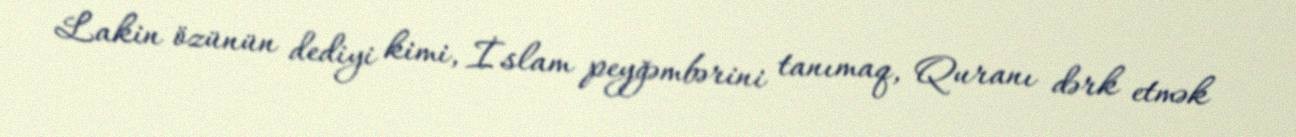
Lakin özünün dediyi kimi, İslam peyğəmbərini tanımaq, Quranı dərk etmək